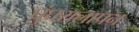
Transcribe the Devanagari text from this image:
घुंघरालापन